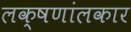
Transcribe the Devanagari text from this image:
लक्षणांलकार